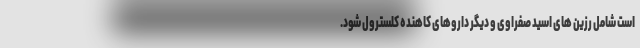
است شامل رزین های اسید صفراوی و دیگر داروهای کاهنده کلسترول شود.